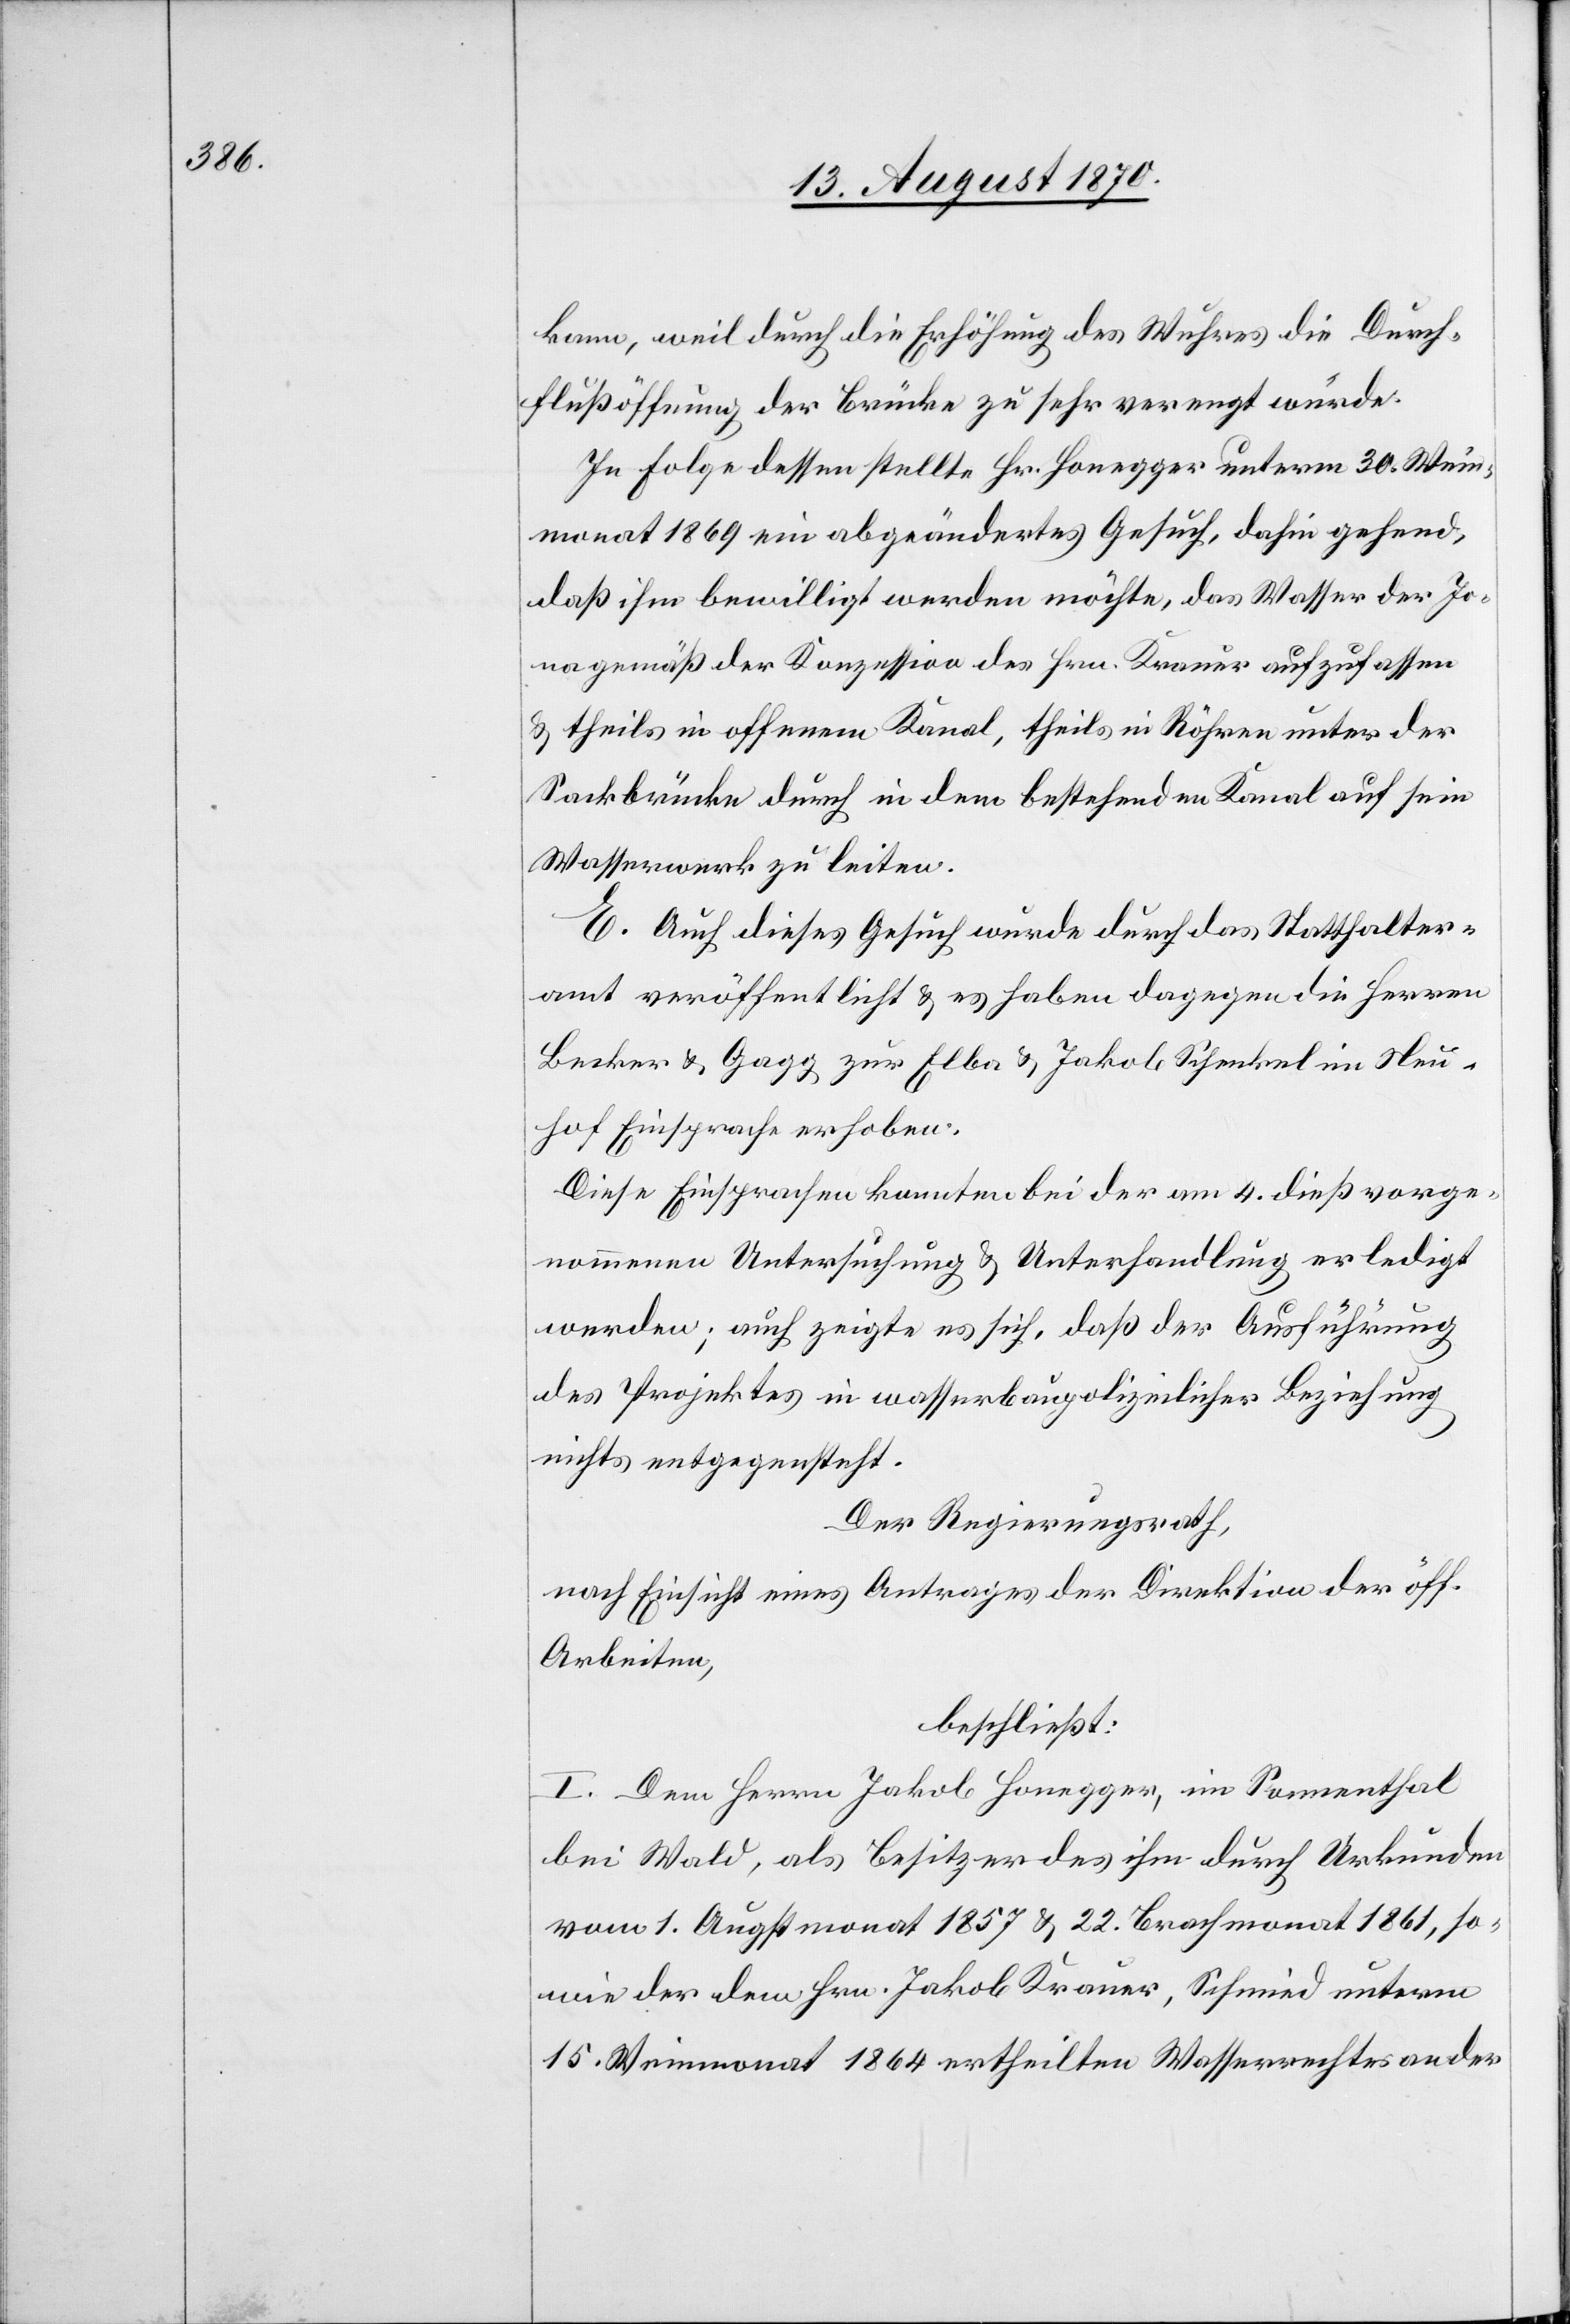
kann, weil durch die Erhöhung des Wuhres die Durch¬
flußöffnung der Brücke zu sehr verengt würde.
In Folge dessen stellte Hr. Honegger unterm 30. Wein¬
monat 1869 ein abgeändertes Gesuch, dahin gehend,
daß ihm bewilligt werden möchte, das Wasser der Jo¬
na gemäß der Konzession des Hrn. Krauer aufzufassen
& theils in offenem Kanal, theils in Röhren unter der
Sackbrücke durch in dem bestehenden Kanal auf sein
Wasserwerk zu leiten.
E. Auch dieses Gesuch wurde durch das Statthalter¬
amt veröffentlicht & es haben dagegen die Herren
Becker & Gagg zur Elba & Jakob Schenkel im Neu¬
hof Einsprache erhoben.
Diese Einsprachen konnten bei der am 4. dieß vorge¬
nommenen Untersuchung & Unterhandlung erledigt
werden; auch zeigte es sich, daß der Ausführung
des Projektes in wasserbaupolizeilicher Beziehung
nichts entgegensteht.
Der Regierungsrath,
nach Einsicht eines Antrages der Direktion der öff.
Arbeiten,
beschließt:
I. Dem Herrn Jakob Honegger, im Sonnenthal
bei Wald, als Besitzer des ihm durch Urkunden
vom 1. Augstmonat 1857 & 22. Brachmonat 1861, so¬
wie der dem Hrn. Jakob Krauer, Schmied unterm
15. Weinmonat 1864 ertheilten Wasserrechtes an der